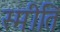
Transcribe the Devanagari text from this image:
स्मीति